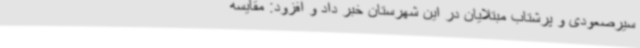
سیرصعودی و پرشتاب مبتلایان در این شهرستان خبر داد و افزود: مقایسه